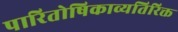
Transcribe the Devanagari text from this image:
पारितोषिकाव्यतिरिक्त